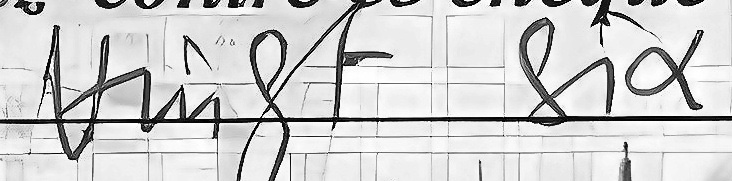
Vingt Six